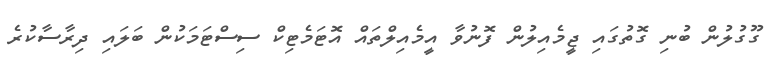
ގޫގުލުން ބުނި ގޮތުގައި ޖީމެއިލުން ފޮނުވާ އީމެއިލްތައް އޮޓަމެޓިކް ސިސްޓަމަކުން ބަލައި ދިރާސާކުރެ